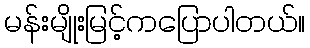
မန်းမျိုးမြင့်ကပြောပါတယ်။